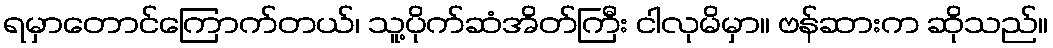
ရမှာတောင်ကြောက်တယ်၊ သူ့ပိုက်ဆံအိတ်ကြီး ငါလုမိမှာ။ ဗန်ဆားက ဆိုသည်။